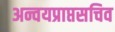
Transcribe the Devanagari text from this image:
अन्वयप्राप्तसचिव